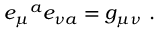
e _ { \mu } { } ^ { a } e _ { \nu a } = g _ { \mu \nu } \ .